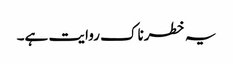
یہ خطرناک روایت ہے۔